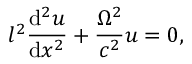
l ^ { 2 } \frac { \mathrm { d } ^ { 2 } u } { \mathrm { d } x ^ { 2 } } + \frac { \Omega ^ { 2 } } { c ^ { 2 } } u = 0 ,